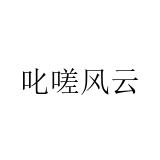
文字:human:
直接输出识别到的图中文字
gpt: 叱嗟风云